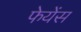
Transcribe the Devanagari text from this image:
फेयेंस